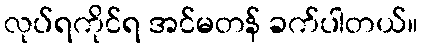
လုပ်ရကိုင်ရ အင်မတန် ခက်ပါတယ်။